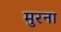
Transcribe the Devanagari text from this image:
मुरना